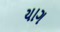
યાગ